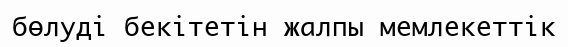
бөлуді бекітетін жалпы мемлекеттік